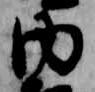
内